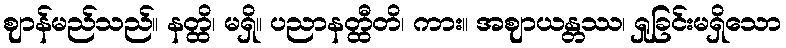
ဈာန်မည်သည်။ နတ္ထိ၊ မရှိ။ ပညာနတ္ထီတိ၊ ကား။ အဈာယန္တဿ၊ ရှုခြင်းမရှိသော